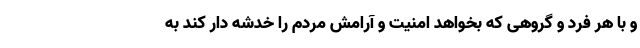
و با هر فرد و گروهی که بخواهد امنیت و آرامش مردم را خدشه دار کند به